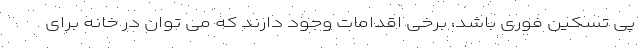
پی تسکین فوری باشد، برخی اقدامات وجود دارند که می توان در خانه برای